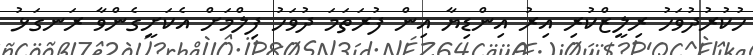
ހުކުރުދުވަހު ރިލީޒްކުރި އިރު އިންޑިޔާ އިން ފުރަތަމަ ދުވަހު ފިލްމަށް އެކަށީގެންވާ ރަނގަޅު